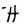
Character: H